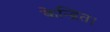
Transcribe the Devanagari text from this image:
केन्द्रित।